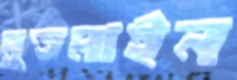
মুতমাইন